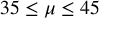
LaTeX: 3 5 \leq \mu \leq 4 5